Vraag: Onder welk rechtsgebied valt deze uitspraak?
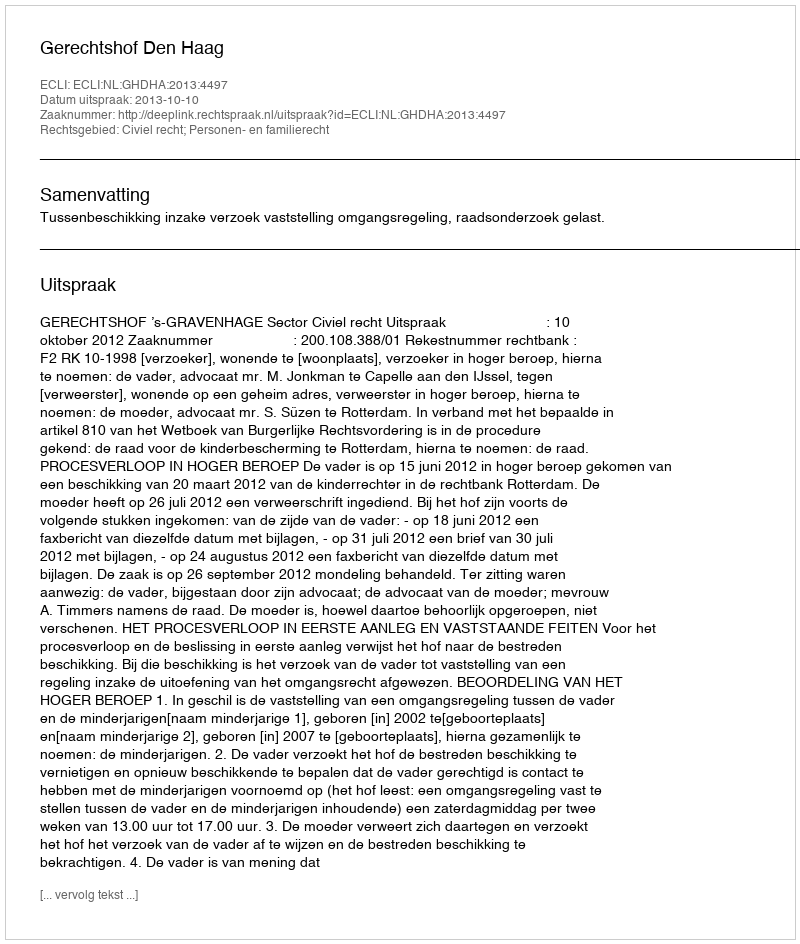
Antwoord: Civiel recht; Personen- en familierecht